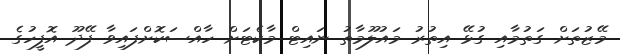
މޭޒުތަށް ގަތުމާއި ގުޅޭ އިތުރު މައުލޫމާތު ނައިޓް މާކެޓަށް ހާއްސަކޮށްފައިވާ ފޭދޫ އޮފީހުގެ